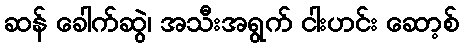
ဆန် ခေါက်ဆွဲ၊ အသီးအရွက် ငါးဟင်း ဆော့စ်